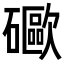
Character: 𥗄